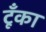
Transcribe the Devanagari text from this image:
टूँका